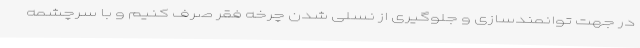
در جهت توانمندسازی و جلوگیری از نسلی شدن چرخه فقر صرف کنیم و با سرچشمه